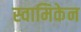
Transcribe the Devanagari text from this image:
स्वामिकेन